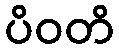
ပိဝတိ